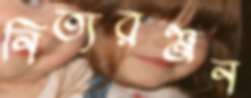
নিত্যরঞ্জন